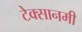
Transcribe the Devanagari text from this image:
टेक्सानमी